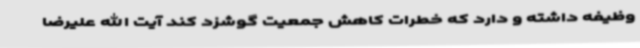
وظیفه داشته و دارد که خطرات کاهش جمعیت گوشزد کند آیت الله علیرضا